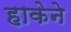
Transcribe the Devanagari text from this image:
हाकेने